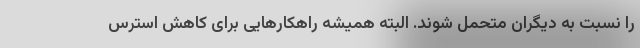
را نسبت به دیگران متحمل شوند. البته همیشه راهکارهایی برای کاهش استرس